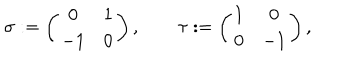
LaTeX: \sigma : = \left( \begin{array} { c c } { { 0 } } & { { 1 } } \\ { { - 1 } } & { { 0 } } \\ \end{array} \right) , \qquad \tau : = \left( \begin{array} { c c } { { 1 } } & { { 0 } } \\ { { 0 } } & { { - 1 } } \\ \end{array} \right) ,